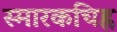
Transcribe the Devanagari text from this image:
स्मारकचिह्न